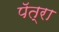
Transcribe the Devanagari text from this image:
पॅत्रा